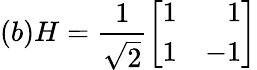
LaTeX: (b)H=\frac{1}{\sqrt{2}}\left[\begin{array}{rr}{1}&{1}\\ {1}&{-1}\end{array}\right]